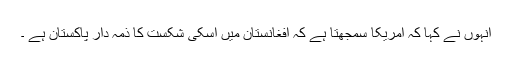
انہوں نے کہا کہ امریکا سمجھتا ہے کہ افغانستان میں اسکی شکست کا ذمہ دار پاکستان ہے ۔